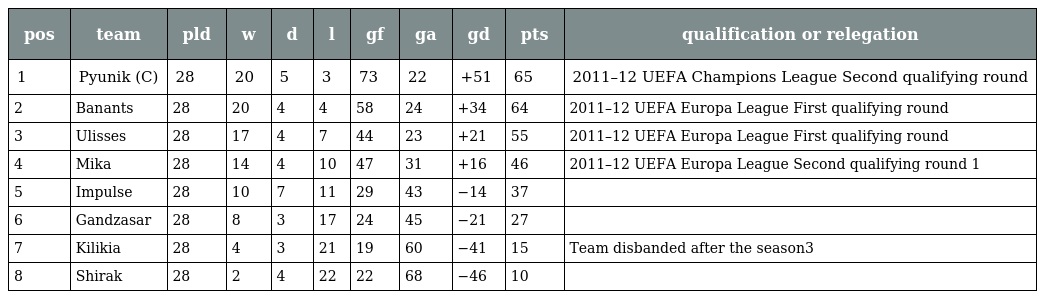
| pos | team | pld | w | d | l | gf | ga | gd | pts | qualification or relegation |
 | --- | --- | --- | --- | --- | --- | --- | --- | --- | --- | --- |
 | 1 | Pyunik (C) | 28 | 20 | 5 | 3 | 73 | 22 | +51 | 65 | 2011–12 UEFA Champions League Second qualifying round |
 | 2 | Banants | 28 | 20 | 4 | 4 | 58 | 24 | +34 | 64 | 2011–12 UEFA Europa League First qualifying round |
 | 3 | Ulisses | 28 | 17 | 4 | 7 | 44 | 23 | +21 | 55 | 2011–12 UEFA Europa League First qualifying round |
 | 4 | Mika | 28 | 14 | 4 | 10 | 47 | 31 | +16 | 46 | 2011–12 UEFA Europa League Second qualifying round 1 |
 | 5 | Impulse | 28 | 10 | 7 | 11 | 29 | 43 | −14 | 37 |  |
 | 6 | Gandzasar | 28 | 8 | 3 | 17 | 24 | 45 | −21 | 27 |  |
 | 7 | Kilikia | 28 | 4 | 3 | 21 | 19 | 60 | −41 | 15 | Team disbanded after the season3 |
 | 8 | Shirak | 28 | 2 | 4 | 22 | 22 | 68 | −46 | 10 |  |